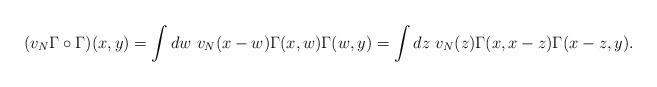
LaTeX: \begin{align*}(v_N\Gamma\circ \Gamma)(x, y) = \int dw\ v_N(x-w)\Gamma(x, w)\Gamma(w, y) = \int dz\ v_N(z) \Gamma(x, x-z)\Gamma(x-z, y).\end{align*}